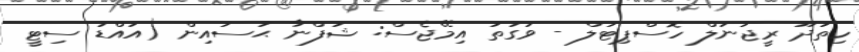
ހިތަދޫ ރީޖަނަލް ހޮސްޕިޓަލް - ވަގުތު އިމޭޖެސް: ޝަފްނާ ޙުސައިން (އައްޑު ސިޓީ